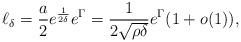
LaTeX: \begin{align*}\ell_{\delta}= \frac{a}{2} e^{\frac{1}{2\delta}}e^{\Gamma} =\frac{1}{2\sqrt{\rho\delta}}e^{\Gamma} (1 + o(1)),\end{align*}